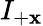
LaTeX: I_{+\mathbf{x}}